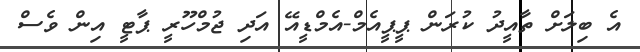
އެ ބިލަށް ތާއީދު ކުރަން ޕީޕީއެމް-އެމްޑީއޭ އަދި ޖުމްހޫރީ ޕާޓީ އިން ވެސް